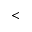
<